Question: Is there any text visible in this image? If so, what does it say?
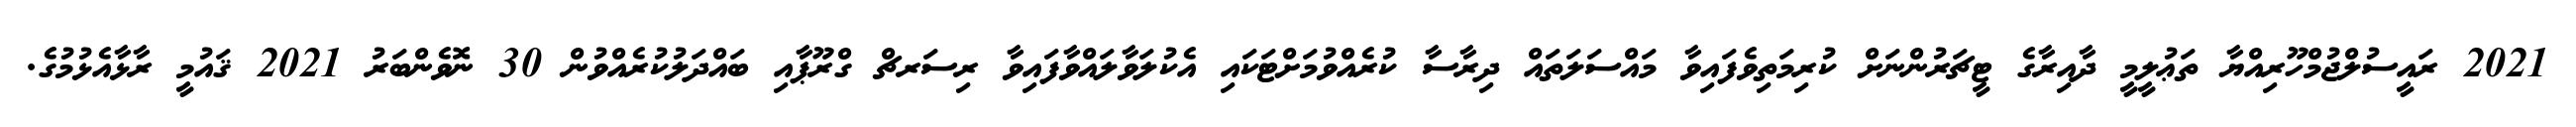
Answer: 2021 ރައީސުލްޖުމްހޫރިއްޔާ ތަޢުލީމީ ދާއިރާގެ ޓީޗަރުންނަށް ކުރިމަތިވެފައިވާ މައްސަލަތައް ދިރާސާ ކުރެއްވުމަށްޓަކައި އެކުލަވާލައްވާފައިވާ ރިސަރޗް ގްރޫޕާއި ބައްދަލުކުރެއްވުން 30 ނޮވެންބަރު 2021 ޤައުމީ ރާޅާއެޅުމުގެ.